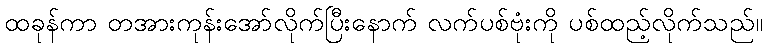
ထခုန်ကာ တအားကုန်းအော်လိုက်ပြီးနောက် လက်ပစ်ဗုံးကို ပစ်ထည့်လိုက်သည်။